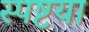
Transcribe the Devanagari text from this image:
स्पष्टया